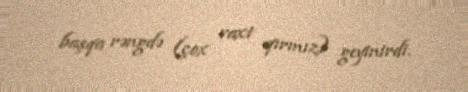
başqa rəngdə (çox vaxt qırmız) geyinirdi.